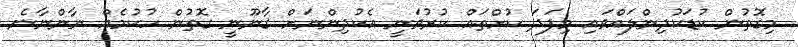
މިގޮތުން ކުޑަކުދިންލައްވައި މިފަދަ ކުށްތައް ކުރުވަނީ އެކުދިންނަށް ޤާނޫނީ ގޮތުން ހުކުމެއް ނާންނާނެ